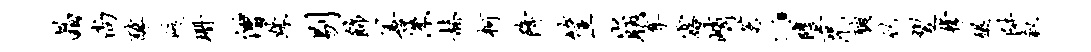
晶尚醵峻珊僧姝剔饰善洙赫柯降筐崩尊露峭茗。堕咒聪竹翌檬醍阱叙